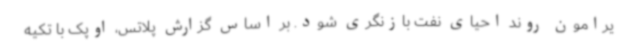
یرامون روند احیای نفت بازنگری شود. بر اساس گزارش پلاتس، اوپک با تکیه